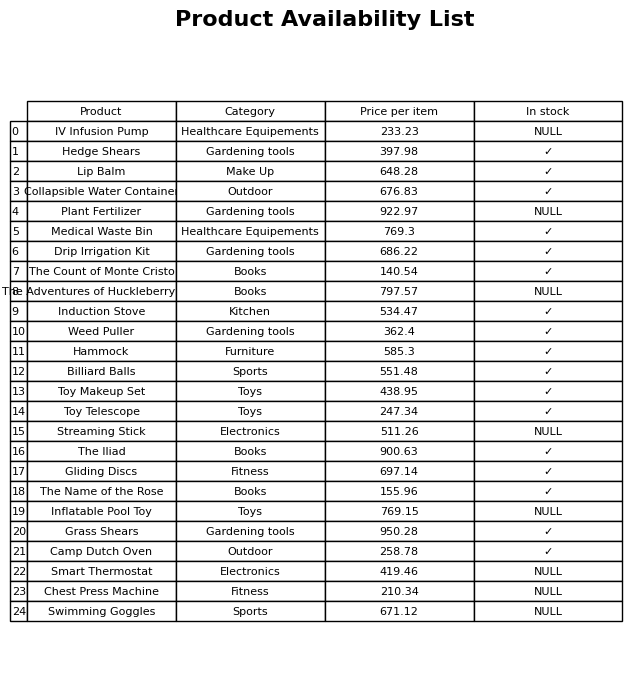
question: What is the price of the Hammock?
answer: The price of Hammock is 585.3.